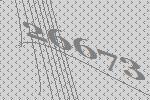
26673